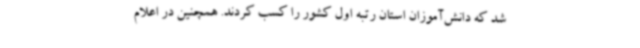
شد که دانش‌آموزان استان رتبه اول کشور را کسب کردند. همچنین در اعلام